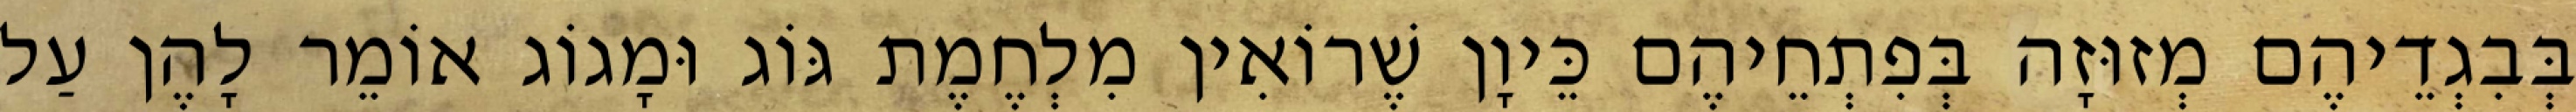
בְּבִגְדֵיהֶם מְזוּזָה בְּפִתְחֵיהֶם כֵּיוָן שֶׁרוֹאִין מִלְחֶמֶת גּוֹג וּמָגוֹג אוֹמֵר לָהֶן עַל